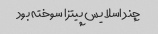
چند اسلایس پیتزا سوخته بود